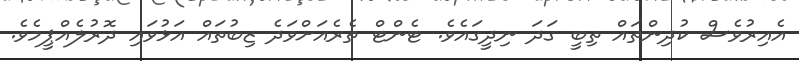
އެއިރުވެސް ކުދިންތައް ތިބީ ގަދަ ނިދީގައެވެ. ޓެންޓް ތެރެއަށްވަދެ ޒިބުތައް އަޅުވައި ދޮރުލެއްޕީމެވެ.